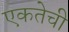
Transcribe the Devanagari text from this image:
एकतेची